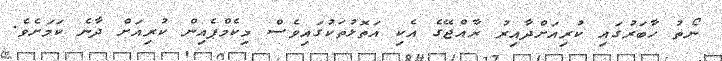
ނޯތު ހާބަރުގައި ކުރިއަށްދާއިރު ރާއްޖޭގެ އެކި އަތޮޅުތަކުގައިވެސް މިކެމްޕެއިން ކުރިއަށް ދާނެ ކަމަށެވެ.